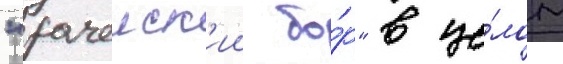
"рачеиск'ии бо́р" в це́лом